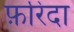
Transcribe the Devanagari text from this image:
फ़रिदा